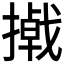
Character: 𪮮